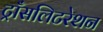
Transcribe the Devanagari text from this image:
ट्राँसलिटरेशन